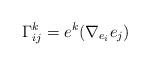
LaTeX: \begin{align*} \Gamma_{ij}^k = e^k(\nabla_{e_i} e_j)\end{align*}